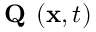
\textbf { Q } ( { \bf x } , t )